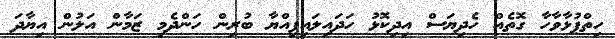
ހިތްޕުޅާވާހާ ގޮތެއް ހެދިޔަސް އިދިކޮޅު ހަދައިލައިފިއްޔާ ބުރިން ހަންދެމި ޒަމާން އަލުން އިޔާދަ